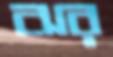
ঝর